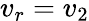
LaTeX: v_{r}=v_{2}